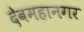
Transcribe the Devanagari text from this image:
देवमहानगर